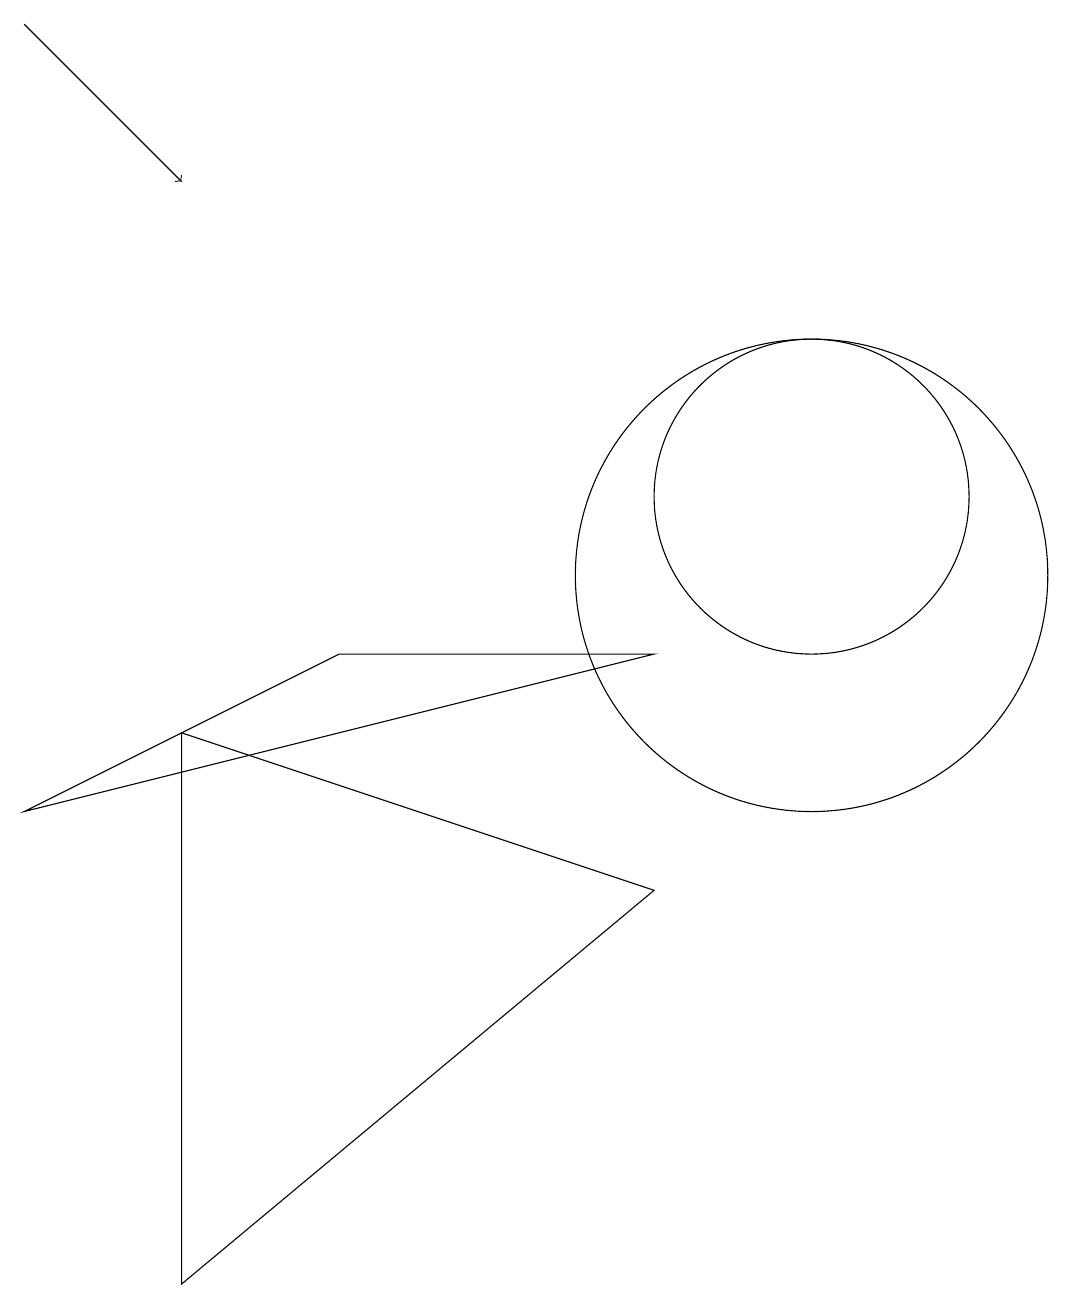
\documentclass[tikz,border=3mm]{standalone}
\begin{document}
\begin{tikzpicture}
\draw[->] (0,17) -- (2,15);
\draw (2,1) -- (2,8) -- (8,6) -- cycle;
\draw (4,9) -- (0,7) -- (8,9) -- cycle;
\draw (10,11) circle (2);
\draw (10,10) circle (3);
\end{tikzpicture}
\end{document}